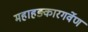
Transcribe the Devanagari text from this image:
महाहङ्कारगर्वेण